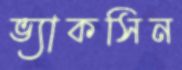
ভ্যাকসিন